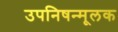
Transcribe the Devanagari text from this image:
उपनिषन्मूलक